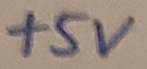
Text: +5V